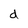
Character: d